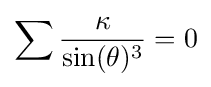
\sum {\frac {\kappa }{\sin(\theta )^{3}}}=0